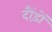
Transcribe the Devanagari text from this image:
दौंड़ों